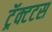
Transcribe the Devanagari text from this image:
ट्रॅक्टटस